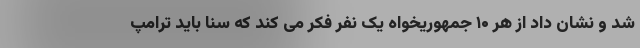
شد و نشان داد از هر ۱۰ جمهوریخواه یک نفر فکر می کند که سنا باید ترامپ